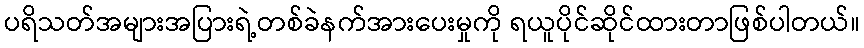
ပရိသတ်အများအပြားရဲ့တစ်ခဲနက်အားပေးမှုကို ရယူပိုင်ဆိုင်ထားတာဖြစ်ပါတယ်။